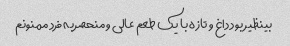
بینظیر بود داغ و تازه با یک طعم عالی و منحصربه فرد ممنونم